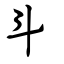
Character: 斗